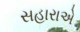
સહારાએ